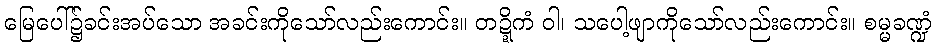
မြေပေါ်၌ခင်းအပ်သော အခင်းကိုသော်လည်းကောင်း။ တဍ္ဍိကံ ဝါ၊ သပေါ့ဖျာကိုသော်လည်းကောင်း။ စမ္မခဏ္ဍံ